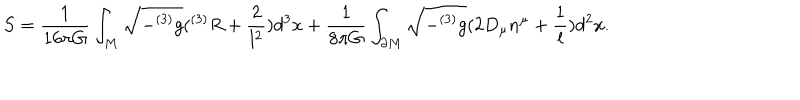
S = \frac { 1 } { 1 6 \pi G } \int _ { M } \sqrt { - ^ { ( 3 ) } g } ( ^ { ( 3 ) } R + \frac { 2 } { l ^ { 2 } } ) d ^ { 3 } x + \frac { 1 } { 8 \pi G } \int _ { \partial M } \sqrt { - ^ { ( 3 ) } g } ( 2 D _ { \mu } n ^ { \mu } + \frac { 1 } { l } ) d ^ { 2 } x .